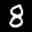
Label: 8